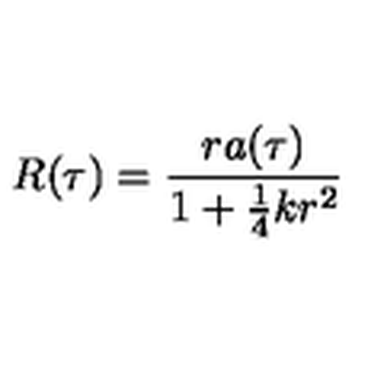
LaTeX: R ( \tau ) = \frac { r a ( \tau ) } { 1 + \mathrm { \frac { 1 } { 4 } } k r ^ { 2 } }